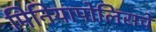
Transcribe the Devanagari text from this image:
मिनियापोलिसचे